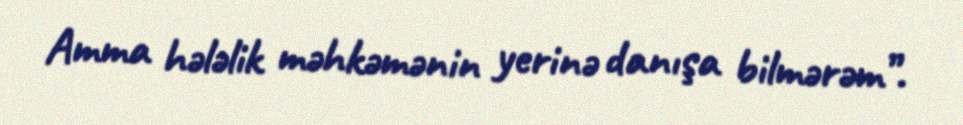
Amma hələlik məhkəmənin yerinə danışa bilmərəm”.